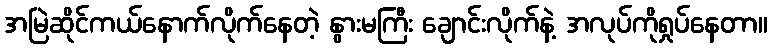
အမြဲဆိုင်ကယ်နောက်လိုက်နေတဲ့ နွားမကြီး ချောင်းလိုက်နဲ့ အလုပ်ကိုရှုပ်နေတာ။